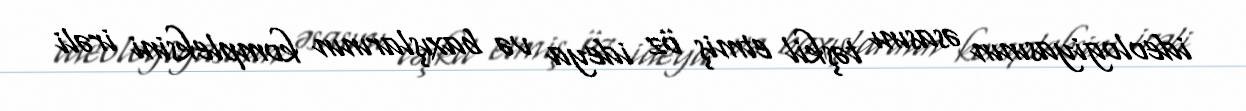
ideologiyasının əsasını təşkil etmiş öz ideya və baxışlarının kompleksini irəli